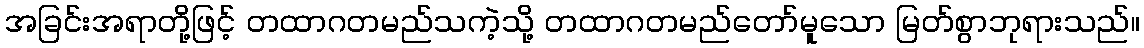
အခြင်းအရာတို့ဖြင့် တထာဂတမည်သကဲ့သို့ တထာဂတမည်တော်မူသော မြတ်စွာဘုရားသည်။